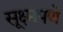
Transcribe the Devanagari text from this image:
सूक्ष्मपणे